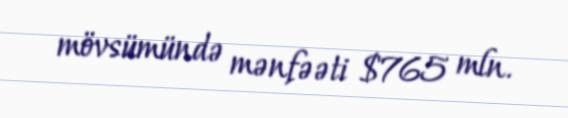
mövsümündə mənfəəti $765 mln.